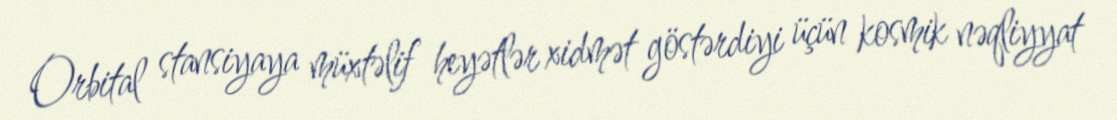
Orbital stansiyaya müxtəlif heyətlər xidmət göstərdiyi üçün kosmik nəqliyyat